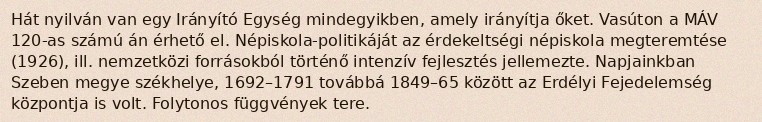
Hát nyilván van egy Irányító Egység mindegyikben, amely irányítja őket. Vasúton a MÁV 120-as számú án érhető el. Népiskola-politikáját az érdekeltségi népiskola megteremtése (1926), ill. nemzetközi forrásokból történő intenzív fejlesztés jellemezte. Napjainkban Szeben megye székhelye, 1692–1791 továbbá 1849–65 között az Erdélyi Fejedelemség központja is volt. Folytonos függvények tere.